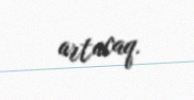
artacaq.